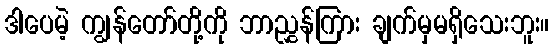
ဒါပေမဲ့ ကျွန်တော်တို့ကို ဘာညွှန်ကြား ချက်မှမရှိသေးဘူး။